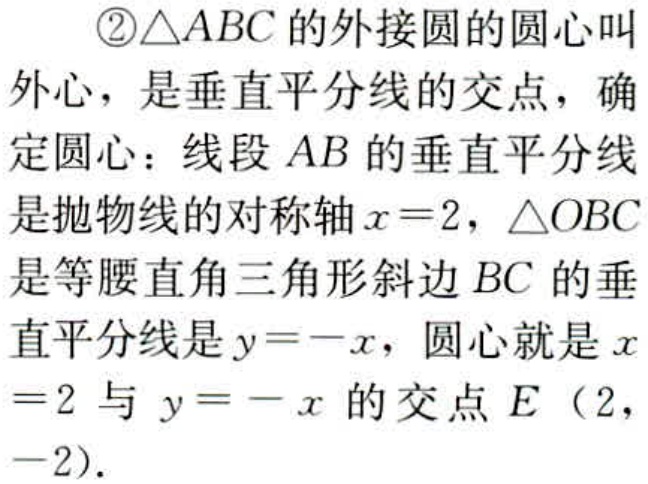
\textcircled{2}$\triangle ABC$的外接圆的圆心叫外心，是垂直平分线的交点，确定圆心：线段$AB$的垂直平分线是抛物线的对称轴$x = 2$，$\triangle OBC$是等腰直角三角形斜边$BC$的垂直平分线是$y=-x$，圆心就是$x = 2$与$y=-x$的交点$E$（$2$，$-2$）.